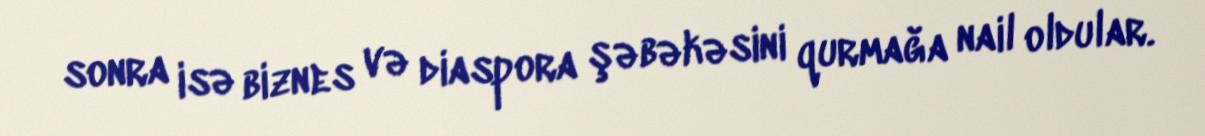
sonra isə biznes və diaspora şəbəkəsini qurmağa nail oldular.